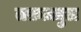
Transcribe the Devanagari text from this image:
तफ़ज़्ज़ुल